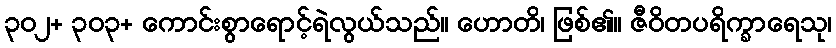
၃၀၂+ ၃၀၃+ ကောင်းစွာရောင့်ရဲလွယ်သည်။ ဟောတိ၊ ဖြစ်၏။ ဇီဝိတပရိက္ခာရေသု၊